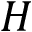
H